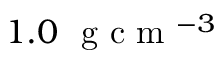
1 . 0 ~ \mathrm { ~ g ~ c ~ m ~ } ^ { - 3 }